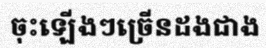
ចុះឡើងៗច្រើនដងជាង